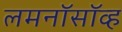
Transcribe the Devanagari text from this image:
लमनॉसॉव्ह